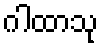
ဂါထာသု